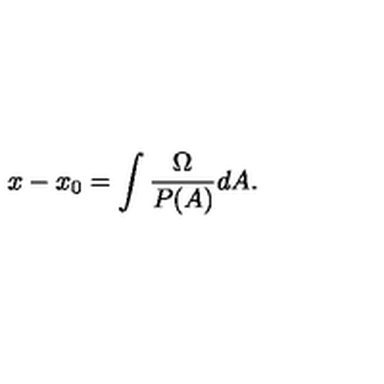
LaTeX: x - x _ { 0 } = \int \frac { \Omega } { P ( A ) } d A .